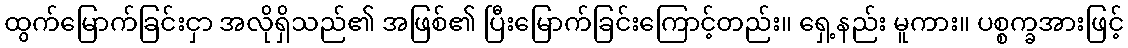
ထွက်မြောက်ခြင်းငှာ အလိုရှိသည်၏ အဖြစ်၏ ပြီးမြောက်ခြင်းကြောင့်တည်း။ ရှေ့နည်း မူကား။ ပစ္စက္ခအားဖြင့်